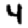
Digit: 4